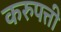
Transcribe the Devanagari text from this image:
करुपत्ती